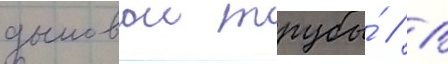
дымовои трубы́ // В